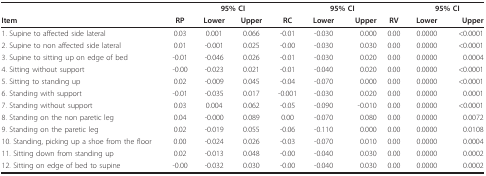
<table><thead><tr><td></td><td></td><td colspan="2"><b>95% CI</b></td><td></td><td colspan="2"><b>95% CI</b></td><td></td><td colspan="2"><b>95% CI</b></td></tr><tr><td><b>Item</b></td><td><b>RP</b></td><td><b>Lower</b></td><td><b>Upper</b></td><td><b>RC</b></td><td><b>Lower</b></td><td><b>Upper</b></td><td><b>RV</b></td><td><b>Lower</b></td><td><b>Upper</b></td></tr></thead><tbody><tr><td>1. Supine to affected side lateral</td><td>0.03</td><td>0.001</td><td>0.066</td><td>-0.01</td><td>-0.030</td><td>0.000</td><td>0.00</td><td>0.0000</td><td>&lt;0.0001</td></tr><tr><td>2. Supine to non affected side lateral</td><td>0.01</td><td>-0.001</td><td>0.025</td><td>-0.00</td><td>-0.030</td><td>0.030</td><td>0.00</td><td>0.0000</td><td>&lt;0.0001</td></tr><tr><td>3. Supine to sitting up on edge of bed</td><td>-0.01</td><td>-0.046</td><td>0.026</td><td>-0.01</td><td>-0.030</td><td>0.020</td><td>0.00</td><td>0.0000</td><td>0.0004</td></tr><tr><td>4. Sitting without support</td><td>-0.00</td><td>-0.023</td><td>0.021</td><td>-0.01</td><td>-0.040</td><td>0.020</td><td>0.00</td><td>0.0000</td><td>&lt;0.0001</td></tr><tr><td>5. Sitting to standing up</td><td>0.02</td><td>-0.009</td><td>0.045</td><td>-0.04</td><td>-0.070</td><td>0.000</td><td>0.00</td><td>0.0000</td><td>&lt;0.0001</td></tr><tr><td>6. Standing with support</td><td>-0.01</td><td>-0.035</td><td>0.017</td><td>-0.001</td><td>-0.030</td><td>0.020</td><td>0.00</td><td>0.0000</td><td>0.0001</td></tr><tr><td>7. Standing without support</td><td>0.03</td><td>0.004</td><td>0.062</td><td>-0.05</td><td>-0.090</td><td>-0.010</td><td>0.00</td><td>0.0000</td><td>&lt;0.0001</td></tr><tr><td>8. Standing on the non paretic leg</td><td>0.04</td><td>-0.000</td><td>0.089</td><td>0.00</td><td>-0.070</td><td>0.080</td><td>0.00</td><td>0.0000</td><td>0.0072</td></tr><tr><td>9. Standing on the paretic leg</td><td>0.02</td><td>-0.019</td><td>0.055</td><td>-0.06</td><td>-0.110</td><td>0.000</td><td>0.00</td><td>0.0000</td><td>0.0108</td></tr><tr><td>10. Standing, picking up a shoe from the floor</td><td>0.00</td><td>-0.024</td><td>0.026</td><td>-0.03</td><td>-0.070</td><td>0.010</td><td>0.00</td><td>0.0000</td><td>0.0004</td></tr><tr><td>11. Sitting down from standing up</td><td>0.02</td><td>-0.013</td><td>0.048</td><td>-0.00</td><td>-0.040</td><td>0.030</td><td>0.00</td><td>0.0000</td><td>0.0002</td></tr><tr><td>12. Sitting on edge of bed to supine</td><td>-0.00</td><td>-0.032</td><td>0.030</td><td>-0.00</td><td>-0.040</td><td>0.030</td><td>0.00</td><td>0.0000</td><td>0.0002</td></tr></tbody></table>